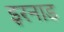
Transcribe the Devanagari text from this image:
इरनाड